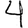
Digit: 4